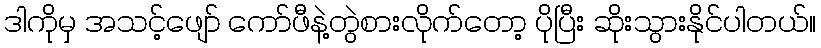
ဒါကိုမှ အသင့်ဖျော် ကော်ဖီနဲ့တွဲစားလိုက်တော့ ပိုပြီး ဆိုးသွားနိုင်ပါတယ်။